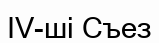
IV-ші Съез